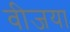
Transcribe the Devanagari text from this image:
वीजया